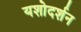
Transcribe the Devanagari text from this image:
यशोदर्शन